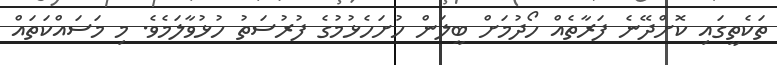
ތަކެތީގައި ކޮށްދޭނެ ފަރާތެއް ހޯދުމަށް ބީލަން ހުށަހެޅުމުގެ ފުރުސަތު ހުޅުވާލަމެވެ. މި މަސައްކަތައް